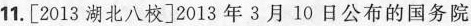
11.[2013湖北八校]2013年3月10日公布的国务院